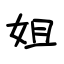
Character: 姐